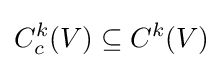
C_{c}^{k}(V)\subseteq C^{k}(V)